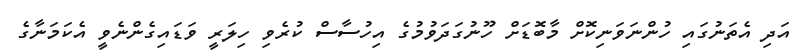
އަދި އެތަނުގައި ހުންނަވަނިކޮށް މާބޮޑަށް ހޫނުގަދަވުމުގެ އިހުސާސް ކުރެވި ހިލަރީ ވަޑައިގެންނެވީ އެކަމަނާގެ